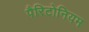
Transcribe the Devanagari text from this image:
पैरिटोनियम